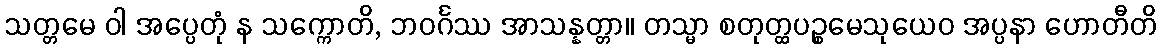
သတ္တမေ ဝါ အပ္ပေတုံ န သက္ကောတိ, ဘဝင်္ဂဿ အာသန္နတ္တာ။ တသ္မာ စတုတ္ထပဉ္စမေသုယေဝ အပ္ပနာ ဟောတီတိ